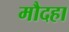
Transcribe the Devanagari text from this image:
मौदहा